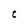
Character: C